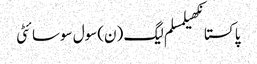
پاکستانکھیلمسلم لیگ (ن)سول سوسائٹی